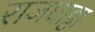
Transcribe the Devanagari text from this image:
राजघाट्टा